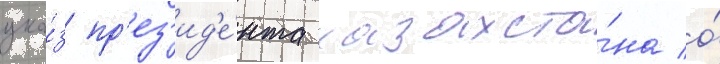
ука́з пр'ез'ид'е́нта казахста́на о́